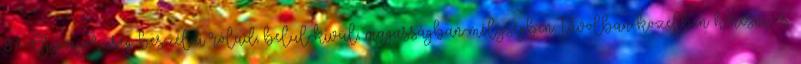
87. Gyönyörűség beszélni rólad; belül-kívül, magasságban-mélységben, távolban-közelben keresni, és